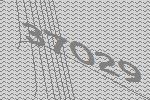
37029